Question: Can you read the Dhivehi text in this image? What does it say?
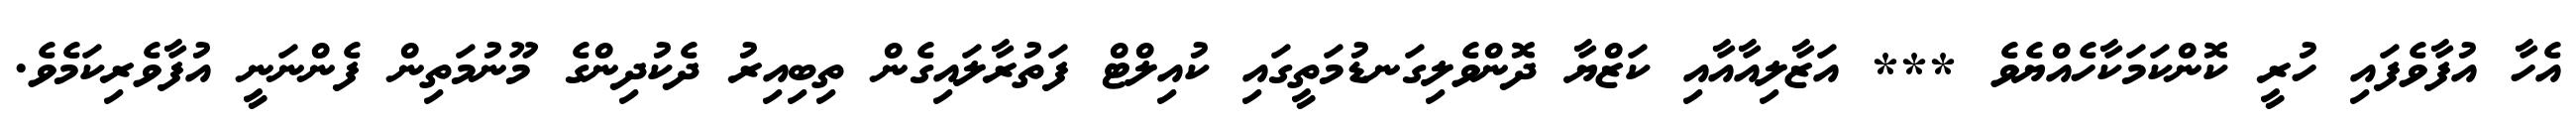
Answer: އެހާ އުފާވެފައި ހުރީ ކޮންކަމަކާހެއްޔެވެ *** އަޒާލިއާއާއި ކަޒްޔާ ދޮންވެލިގަނޑުމަތީގައި ކުއިލްޓް ފަތުރާލައިގެން ތިބިއިރު ދެކުދިންގެ މޫނުމަތިން ފެންނަނީ އުފާވެރިކަމެވެ.